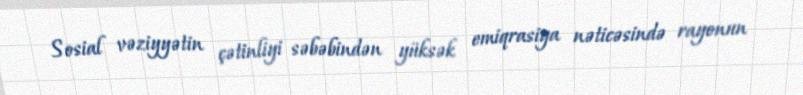
Sosial vəziyyətin çətinliyi səbəbindən yüksək emiqrasiya nəticəsində rayonun